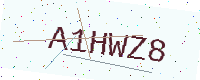
Text: A1HWZ8